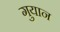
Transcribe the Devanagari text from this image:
गुयान